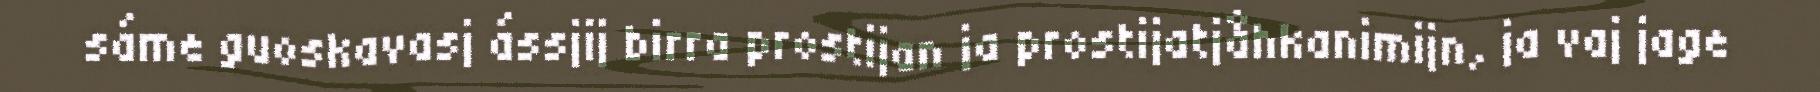
sáme guoskavasj ássjij birra prostijan ja prostijatjåhkanimijn, ja vaj jage